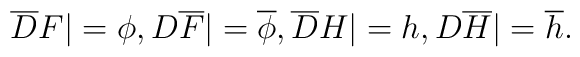
{\overline D}F|=\phi, D{\overline F}|={\overline\phi},{\overline D}H|=h, D{\overline H}|={\overline h}.